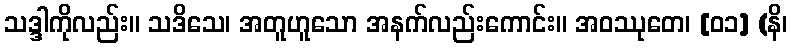
သဒ္ဒါကိုလည်း။ သဒိသေ၊ အတူဟူသော အနက်လည်းကောင်း။ အဝဿုတေ၊ [၀၁] (နိ၊